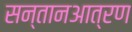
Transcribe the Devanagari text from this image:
सन्तानआत्रण